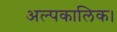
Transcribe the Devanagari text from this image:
अल्पकालिक।